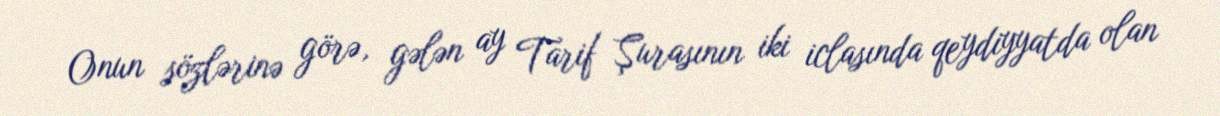
Onun sözlərinə görə, gələn ay Tarif Şurasının iki iclasında qeydiyyatda olan